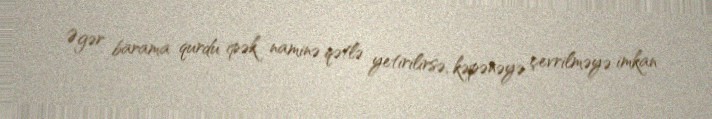
Əgər barama qurdu ipək naminə qətlə yetirilirsə, kəpənəyə çevrilməyə imkan